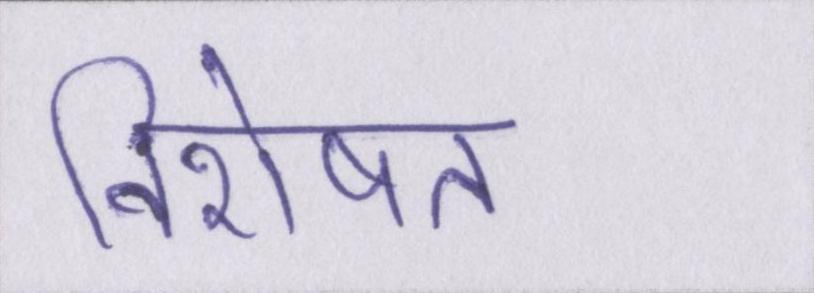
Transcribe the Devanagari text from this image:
विशेषत